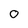
Character: 0